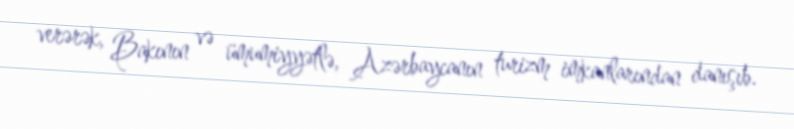
verərək, Bakının və ümumiyyətlə, Azərbaycanın turizm imkanlarından danışıb.